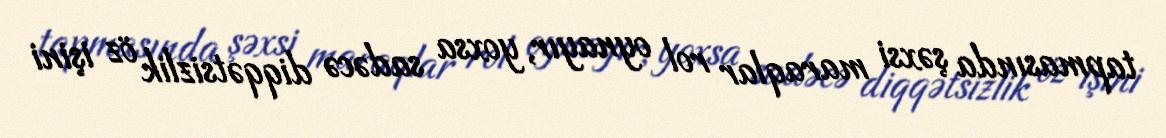
tapmasında şəxsi maraqlar rol oynayır, yoxsa sadəcə diqqətsizlik öz işini